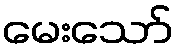
မေးသော်